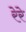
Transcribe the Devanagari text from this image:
रेरे